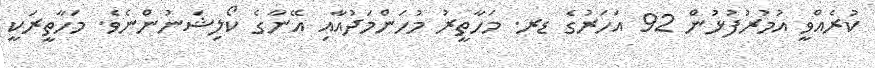
ކުރެއްވީ އުމުރުފުޅުން 92 އަހަރުގެ ޑރ. މަހާތީރު މުހަންމަދުއާއި އޭނާގެ ކޯލިޝަނުންނެވެ. މަހާތީރަކީ